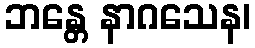
ဘန္တေ နာဂသေန၊